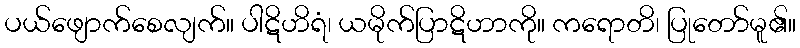
ပယ်ဖျောက်စေလျက်။ ပါဋိဟိရံ၊ ယမိုက်ပြာဋိဟာကို။ ကရောတိ၊ ပြုတော်မူ၏။